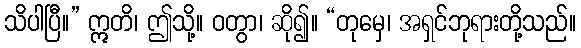
သိပါပြီ။” ဣတိ၊ ဤသို့။ ဝတွာ၊ ဆို၍။ “တုမှေ၊ အရှင်ဘုရားတို့သည်။